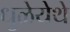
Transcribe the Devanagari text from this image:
धुळेयेथे